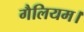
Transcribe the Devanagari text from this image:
गैलियम।